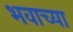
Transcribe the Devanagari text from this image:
भवाच्या